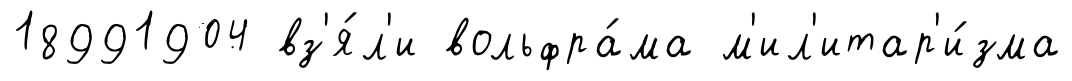
18991904 вз'я́л'и вольфра́ма м'ил'итар'и́зма